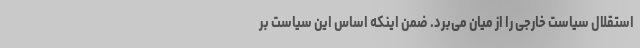
استقلال سیاست خارجی را از میان می‌برد. ضمن اینکه اساس این سیاست بر